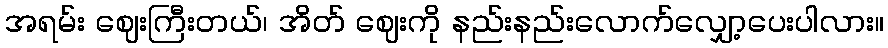
အရမ်း ဈေးကြီးတယ်၊ အိတ် ဈေးကို နည်းနည်းလောက်လျှော့ပေးပါလား။